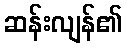
ဆန်းလျန်၏